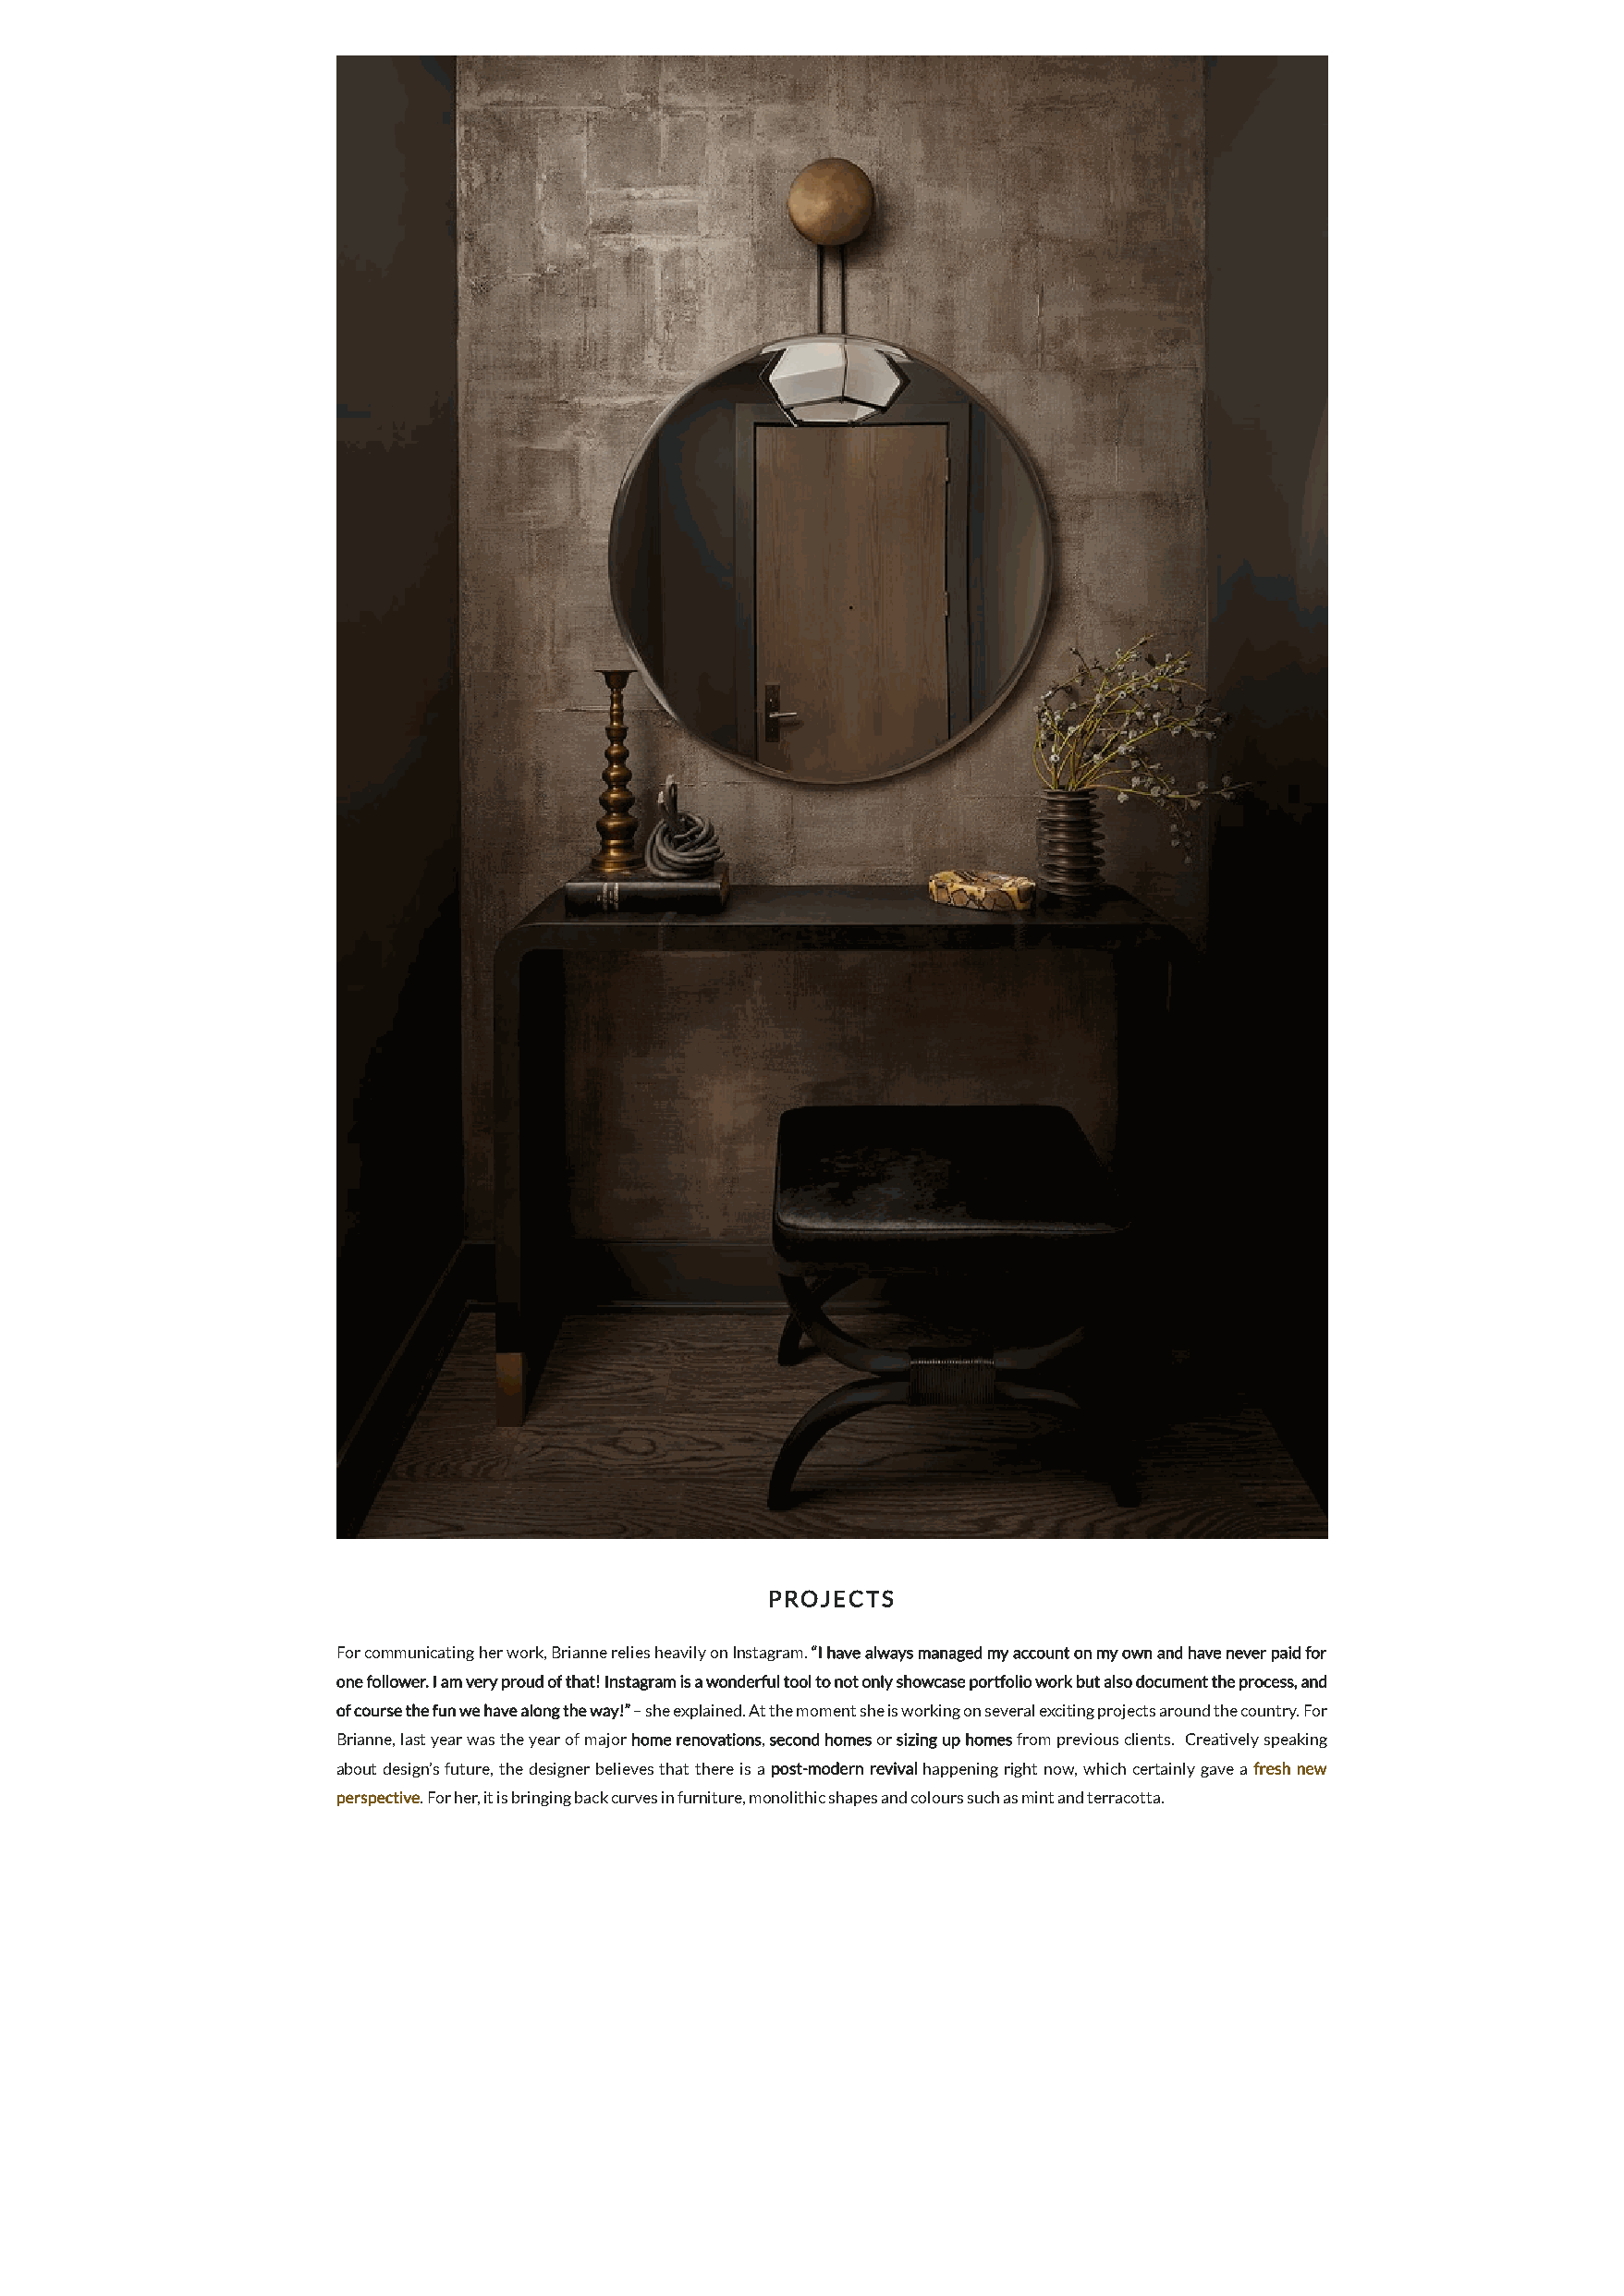
PROJECTS
 For communicating her work, Brianne relies heavily on Instagram. “I have always managed my account on my own and have never paid for
 one follower. I am very proud of that! Instagram is a wonderful tool to not only showcase portfolio work but also document the process, and
 of course the fun we have along the way!” – she explained. At the moment she is working on several exciting projects around the country. For
 Brianne, last year was the year of major home renovations, second homes or sizing up homes from previous clients. Creatively speaking
 about design’s future, the designer believes that there is a post-modern revival happening right now, which certainly gave a fresh new
 perspective. For her, it is bringing back curves in furniture, monolithic shapes and colours such as mint and terracotta.